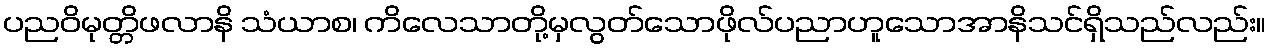
ပညဝိမုတ္တိဖလာနိ သံယာစ၊ ကိလေသာတို့မှလွတ်သောဖိုလ်ပညာဟူသောအာနိသင်ရှိသည်လည်း။